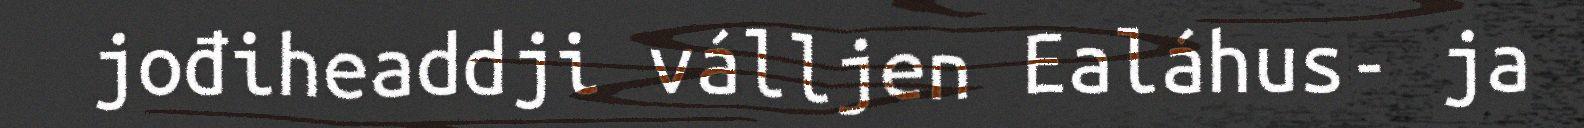
jođiheaddji válljen Ealáhus- ja